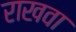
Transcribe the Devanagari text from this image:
राखवा